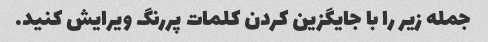
جمله زیر را با جایگزین کردن کلمات پررنگ ویرایش کنید.